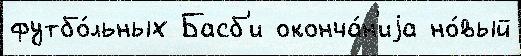
футбо́льных Басб'и оконча́н'иjа но́вый